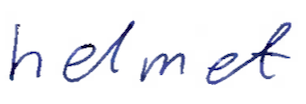
Text: helmet
Cross-out: clean
Writing tool: ballpoint